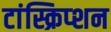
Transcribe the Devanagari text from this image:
टांस्क्रिप्शन